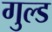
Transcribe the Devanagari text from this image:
गुल्ड